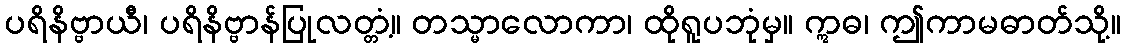
ပရိနိဗ္ဗာယီ၊ ပရိနိဗ္ဗာန်ပြုလတ္တံ့။ တသ္မာလောကာ၊ ထိုရူပဘုံမှ။ ဣဓ၊ ဤကာမဓာတ်သို့။